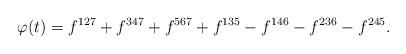
LaTeX: \begin{align*}\begin{aligned}\varphi(t)&=f^{127}+f^{347}+f^{567}+f^{135}-f^{146} -f^{236}-f^{245}.\end{aligned}\end{align*}